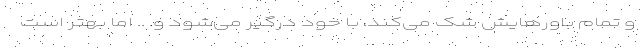
و تمام باورهایش شک می‌کند، با خود درگیر می‌شود و. .. اما بهتر است